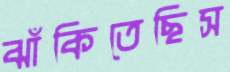
ঝাঁকিতেছিস